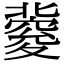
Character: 𥨏